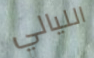
الليالي